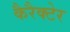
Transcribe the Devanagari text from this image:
कैरैक्टेर